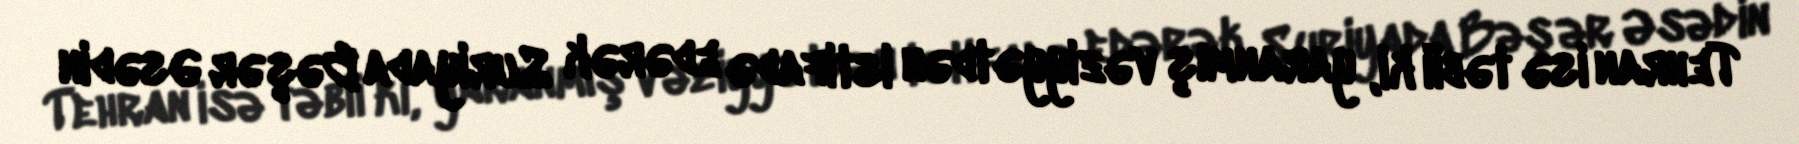
Tehran isə təbii ki, yaranmış vəziyyətdən istifadə edərək Suriyada Bəşər Əsədin